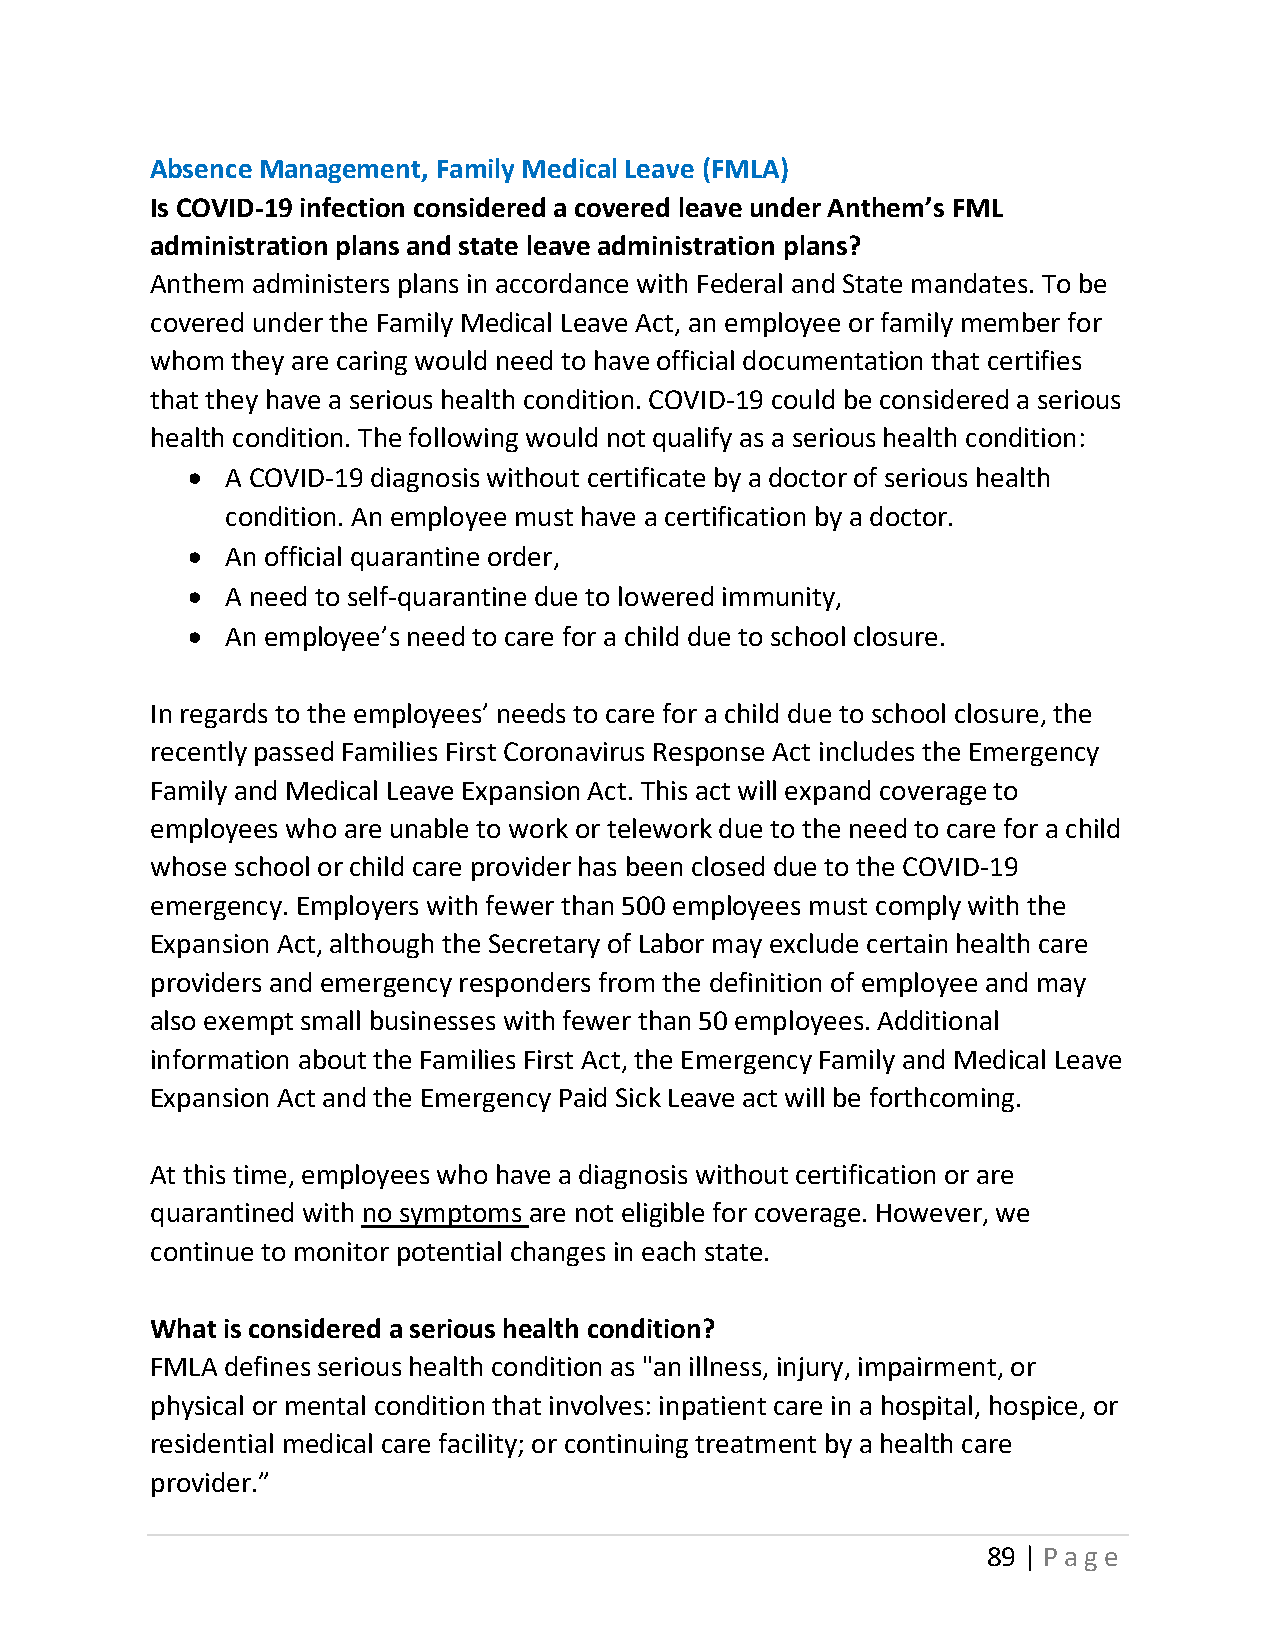
Absence Management, Family Medical Leave (FMLA)
 Is COVID-19 infection considered a covered leave under Anthem’s FML
 administration plans and state leave administration plans?
 Anthem administers plans in accordance with Federal and State mandates. To be
 covered under the Family Medical Leave Act, an employee or family member for
 whom they are caring would need to have official documentation that certifies
 that they have a serious health condition. COVID-19 could be considered a serious
 health condition. The following would not qualify as a serious health condition:
 •  A COVID-19 diagnosis without certificate by a doctor of serious health
 condition. An employee must have a certification by a doctor.
 •  An official quarantine order,
 •  A need to self-quarantine due to lowered immunity,
 •  An employee’s need to care for a child due to school closure.
 In regards to the employees’ needs to care for a child due to school closure, the
 recently passed Families First Coronavirus Response Act includes the Emergency
 Family and Medical Leave Expansion Act. This act will expand coverage to
 employees who are unable to work or telework due to the need to care for a child
 whose school or child care provider has been closed due to the COVID-19
 emergency. Employers with fewer than 500 employees must comply with the
 Expansion Act, although the Secretary of Labor may exclude certain health care
 providers and emergency responders from the definition of employee and may
 also exempt small businesses with fewer than 50 employees. Additional
 information about the Families First Act, the Emergency Family and Medical Leave
 Expansion Act and the Emergency Paid Sick Leave act will be forthcoming.
 At this time, employees who have a diagnosis without certification or are
 quarantined with no symptoms are not eligible for coverage. However, we
 continue to monitor potential changes in each state.
 What is considered a serious health condition?
 FMLA defines serious health condition as "an illness, injury, impairment, or
 physical or mental condition that involves: inpatient care in a hospital, hospice, or
 residential medical care facility; or continuing treatment by a health care
 provider.”
 89 | Page